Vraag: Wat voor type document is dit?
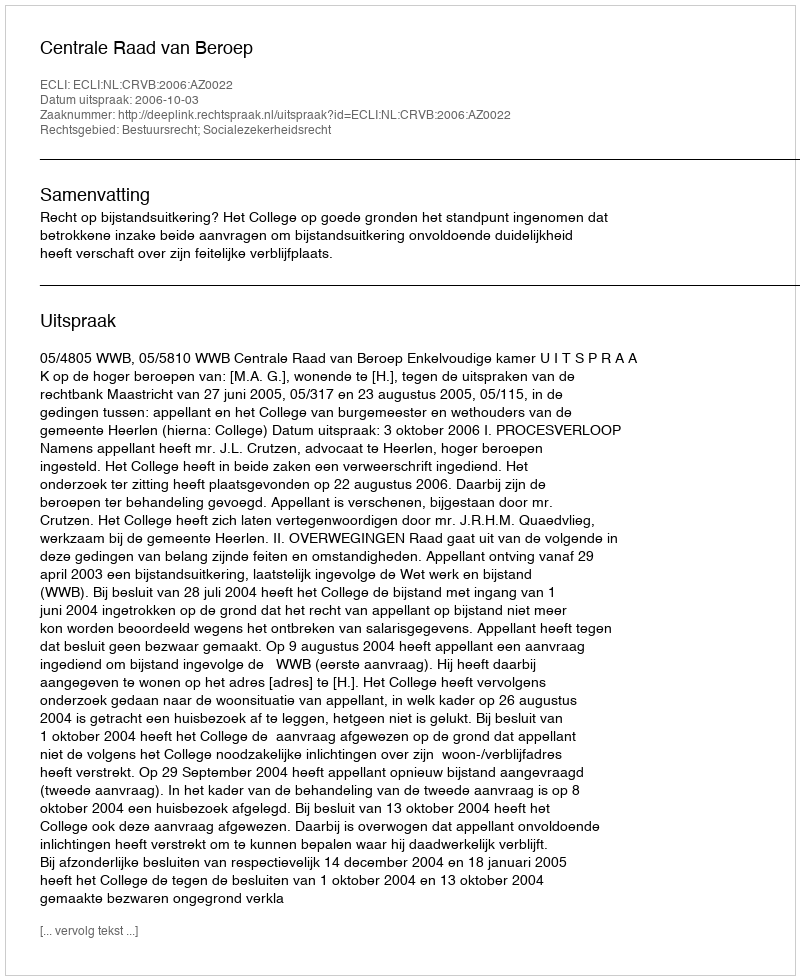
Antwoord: Uitspraak